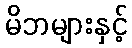
မိဘများနှင့်